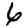
Digit: 6